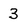
Character: 3